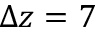
\Delta z = 7